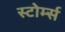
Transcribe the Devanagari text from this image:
स्टोर्म्स